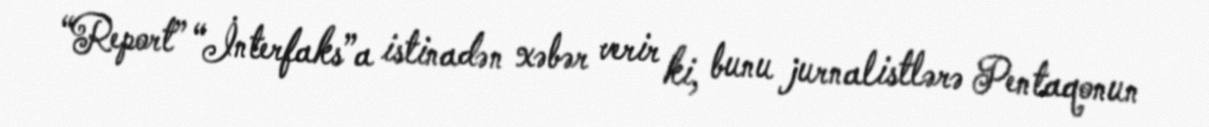
“Report” “İnterfaks”a istinadən xəbər verir ki, bunu jurnalistlərə Pentaqonun